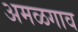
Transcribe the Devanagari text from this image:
अमळगाव